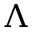
\Lambda